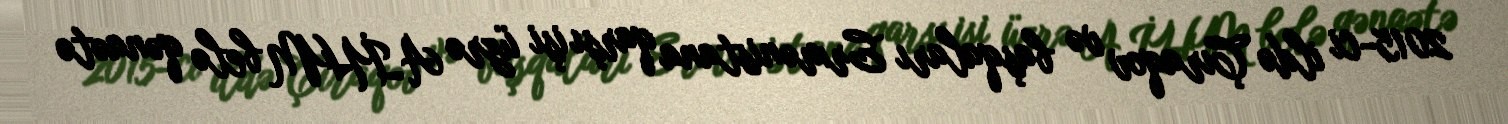
2015-ci ildə Çıraqov və başqaları Ermənistana qarşı işi üzrə AİHM belə qənaətə